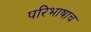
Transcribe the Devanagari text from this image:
परिभाषाच